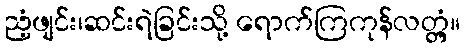
ညံ့ဖျင်း၊ဆင်းရဲခြင်းသို့ ရောက်ကြကုန်လတ္တံ့။